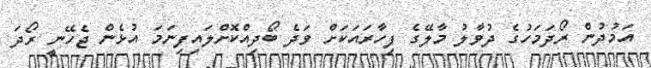
އަމުދުން ރޯދަމަހުގެ ދުވާލު މާލޭގެ ފިހާރައަކަށް ވަދެ ބޯދިއްކޮށްލައިފިނަމަ އުޅެން ޖެހޭނީ ރޯދަ